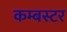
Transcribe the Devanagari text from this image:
कम्बस्टर